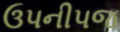
ઉપનીપજ